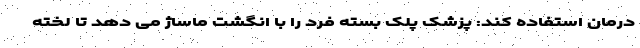
درمان استفاده کند: پزشک پلک بسته فرد را با انگشت ماساژ می دهد تا لخته